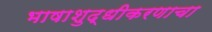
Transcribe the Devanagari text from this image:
भाषाशुद्धीकरणाचा